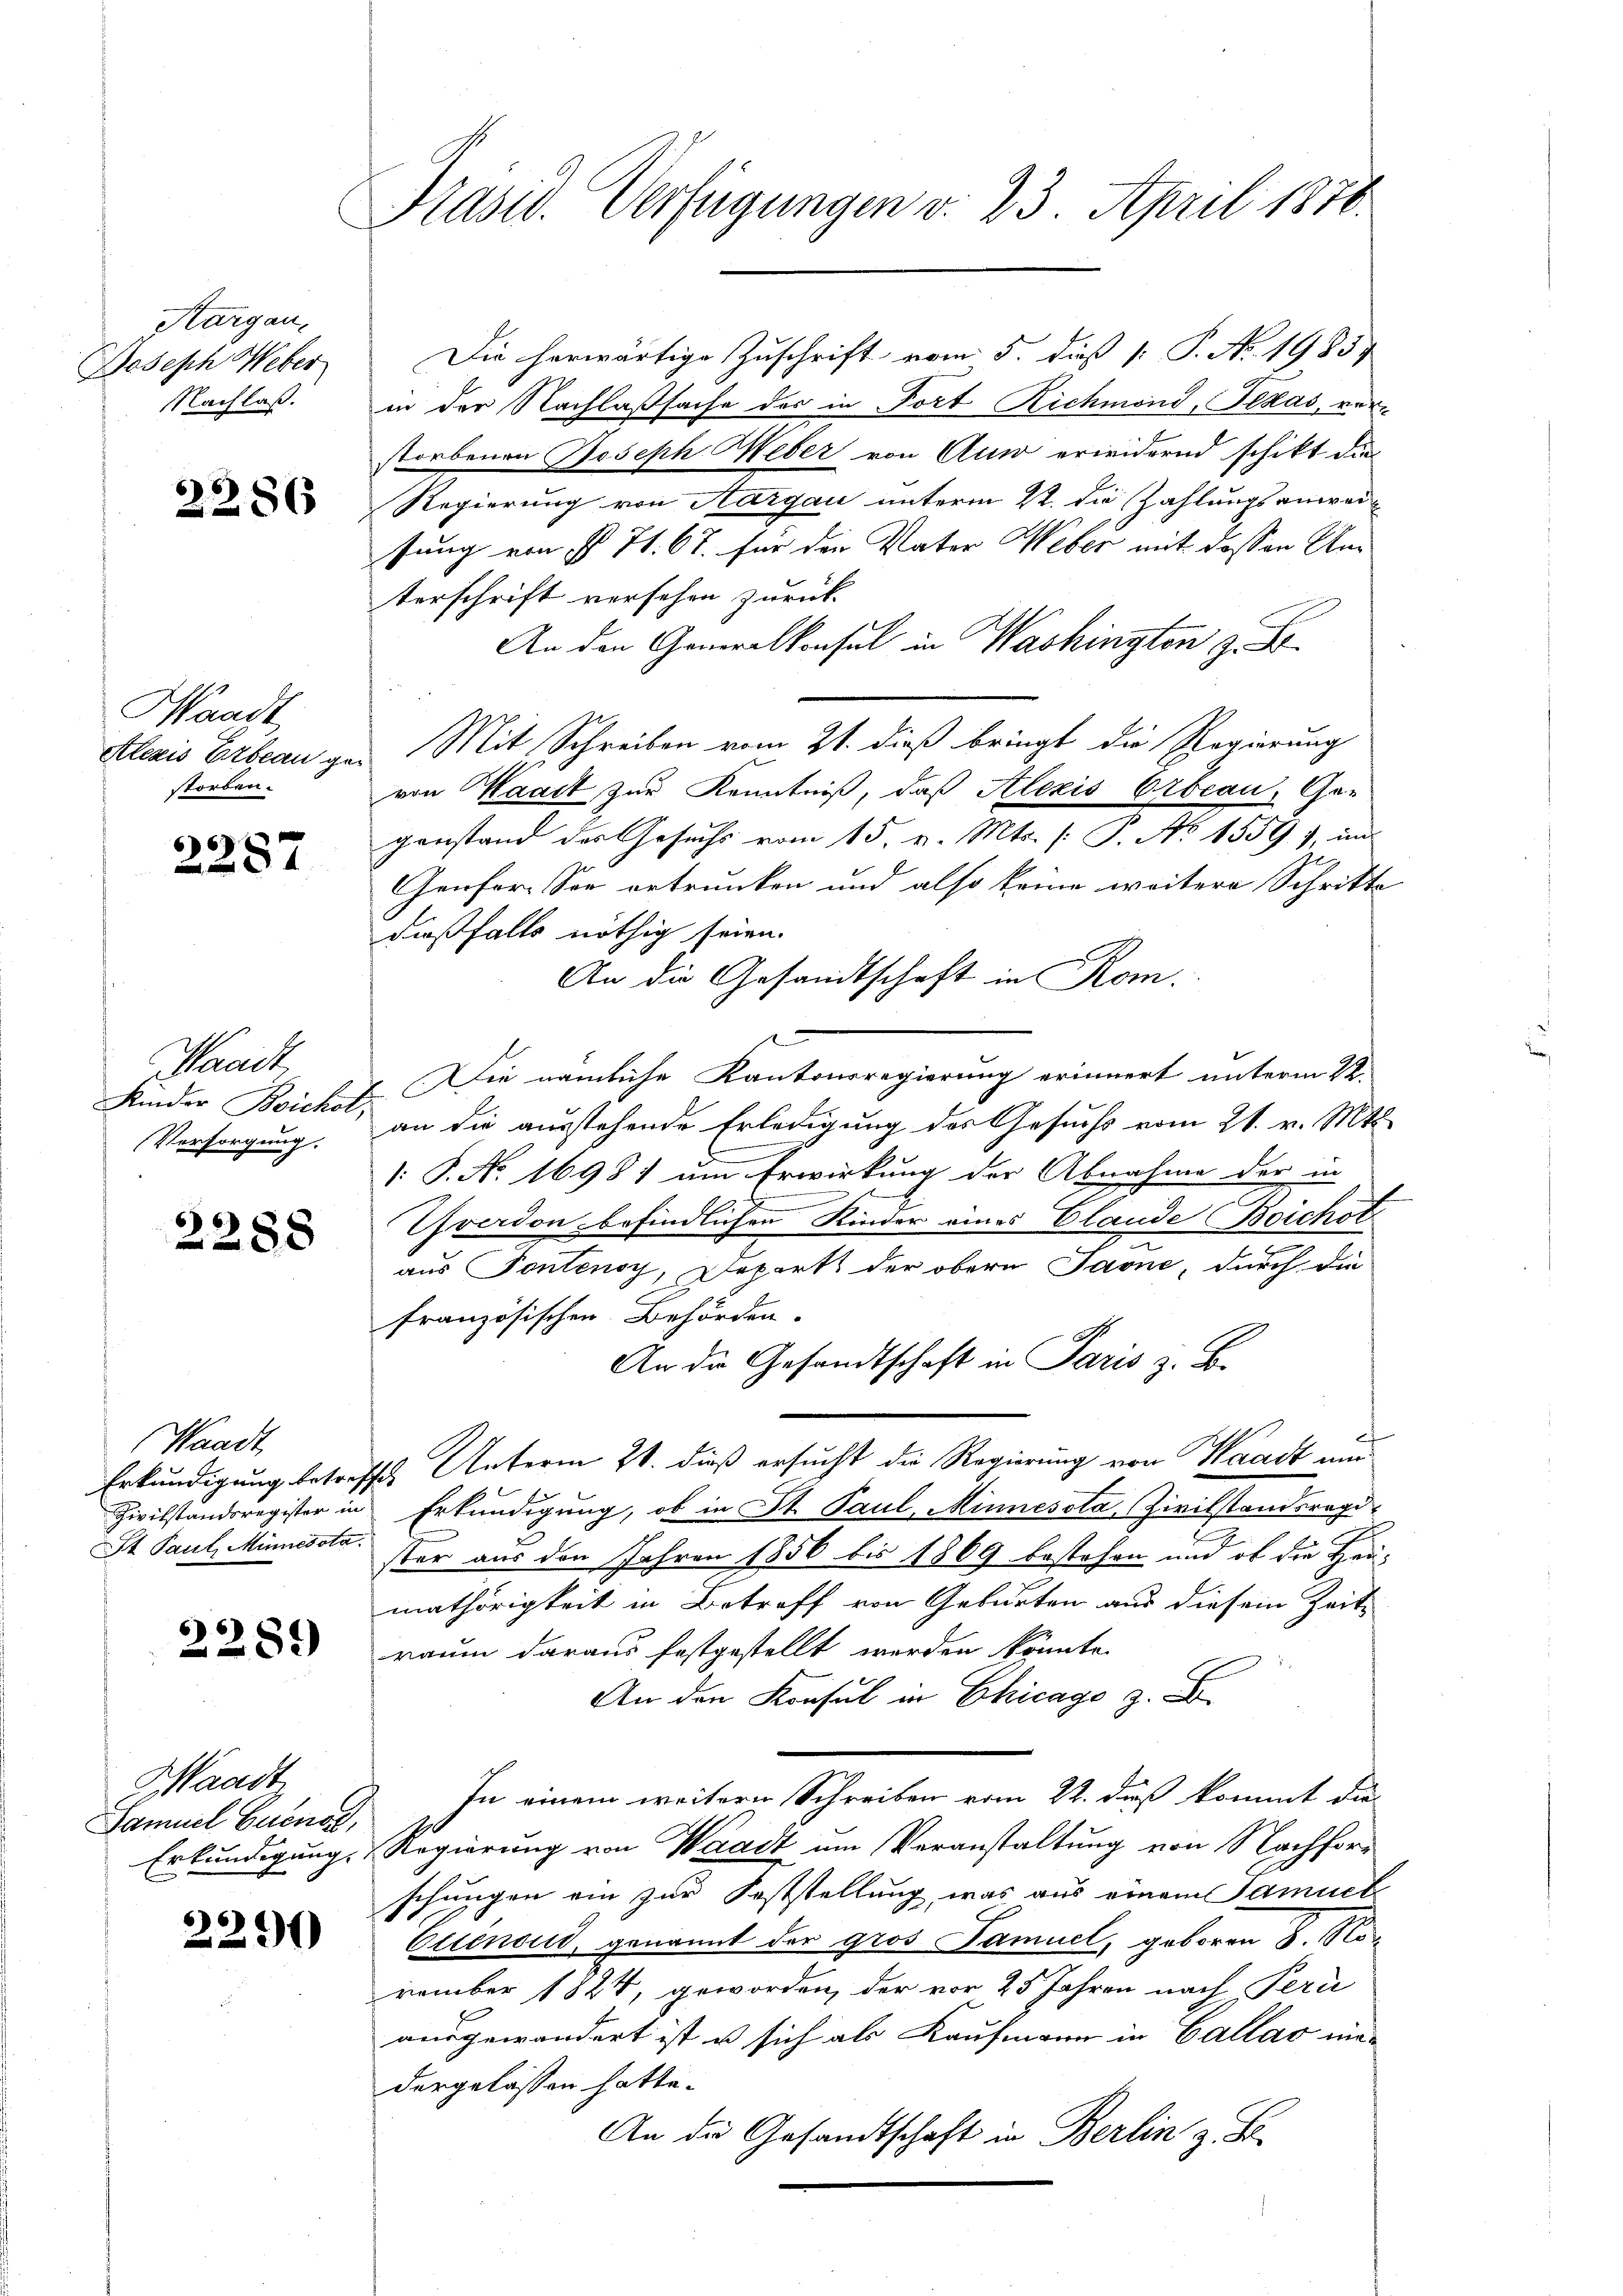
Aargau,
Joseph Weber
Nachlaß.

2286

Waadt
Alezis Erbeau gestorben.

2287

Waadt,
Kinder Bickel,
Versorgung.

2288

Waadt
Erkundigung betre
Zivilstandsregister in
St Paul, Müniessta

2289)

Waadt
Samuel Buenos,
Erkundigung.

2290

Präsid. Verfügungen v. 23. April 1876.

l
f

Die herwärtige Zuschrift vom 5. daß P. Nr. 1983
in der Nachlaßsache des in Fort Richmond, Fikas, verstorbenen Joseph Weber von Auw erwidernd schikt die
Regierung von Aargau unterm 4. die Zahlungsanweisung von § 71. 67. für die Vater Weber mit dessen Unterschrift versehen zurück
An den Generalkonsul in Washington z. B.
Mit Schreiben vom 21. dieß bringt die Regierung
von Maack zur Kenntniß, daß Alexis Erbeau, Ger
genstand der Gesuchs vom 15. v. Mts. [P. No 1559. 1, un
Genfor- Sie ertrunken und also keine weitere Schritte
dießfalls nöthig seien.
An die Gesandtschaft in Rom.
e
Die nämliche Kantonsregierung erinnert unterm 12.
an die ausstehende Erledigung des Gesuchs vom 21. v. Mts.
[: P. No. 1698) um Erwirkung der Abnahme der in
.
Yverdon befindlichen Kinder eines Elande Boichot
aus Pontensy, Departs der obern Jaone, durch die
französischen Behörden.
An die Gesandtschaft in Paris z. B.
.
Unterm 20. dieß ersucht die Regierung von Waadt um
1
Erkundigung, ob in St. Paul, Minnesota, Zivilstandsregi
ster aus den Jahren 1856 bis 1869 bestehen und ob die Heu-
mathörigkeit in Betreff von Geburten aus diesem Zeit
raum daraus festgestellt werden könnte.
An den Konsul in Chicage z. B.
In einem weitern Schreiben vom 22. daß kommt da
Regierung von Waadt um Veranstaltung von Nachfors
schungen ein zur Feststellung, was aus einem Samuel
Euenoud, genannt der gros Pamuel, geboren 8. November 1824, geworden, der vor 25 Jahren nach Peri
ausgewandert ist u sich als Kaufmann in Callas niedergelassen hatte.
An die Gesandtschaft in Berlin z. B.